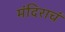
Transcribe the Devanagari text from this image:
मंदिराचं